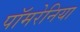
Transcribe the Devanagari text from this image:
पॉमरेनिया